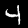
Label: 4